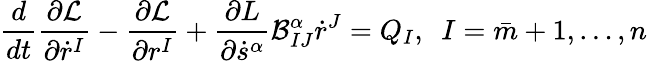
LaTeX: \frac{d}{dt}\frac{\partial\mathcal{L}}{\partial\dot{r}^{I}}-\frac{\partial\mathcal{L}}{\partial r^{I}}+\frac{\partial L}{\partial\dot{s}^{\alpha}}\mathcal{B}_{IJ}^{\alpha}\dot{r}^{J}=Q_{I},\ \ I=\bar{m}+1,\ldots,n